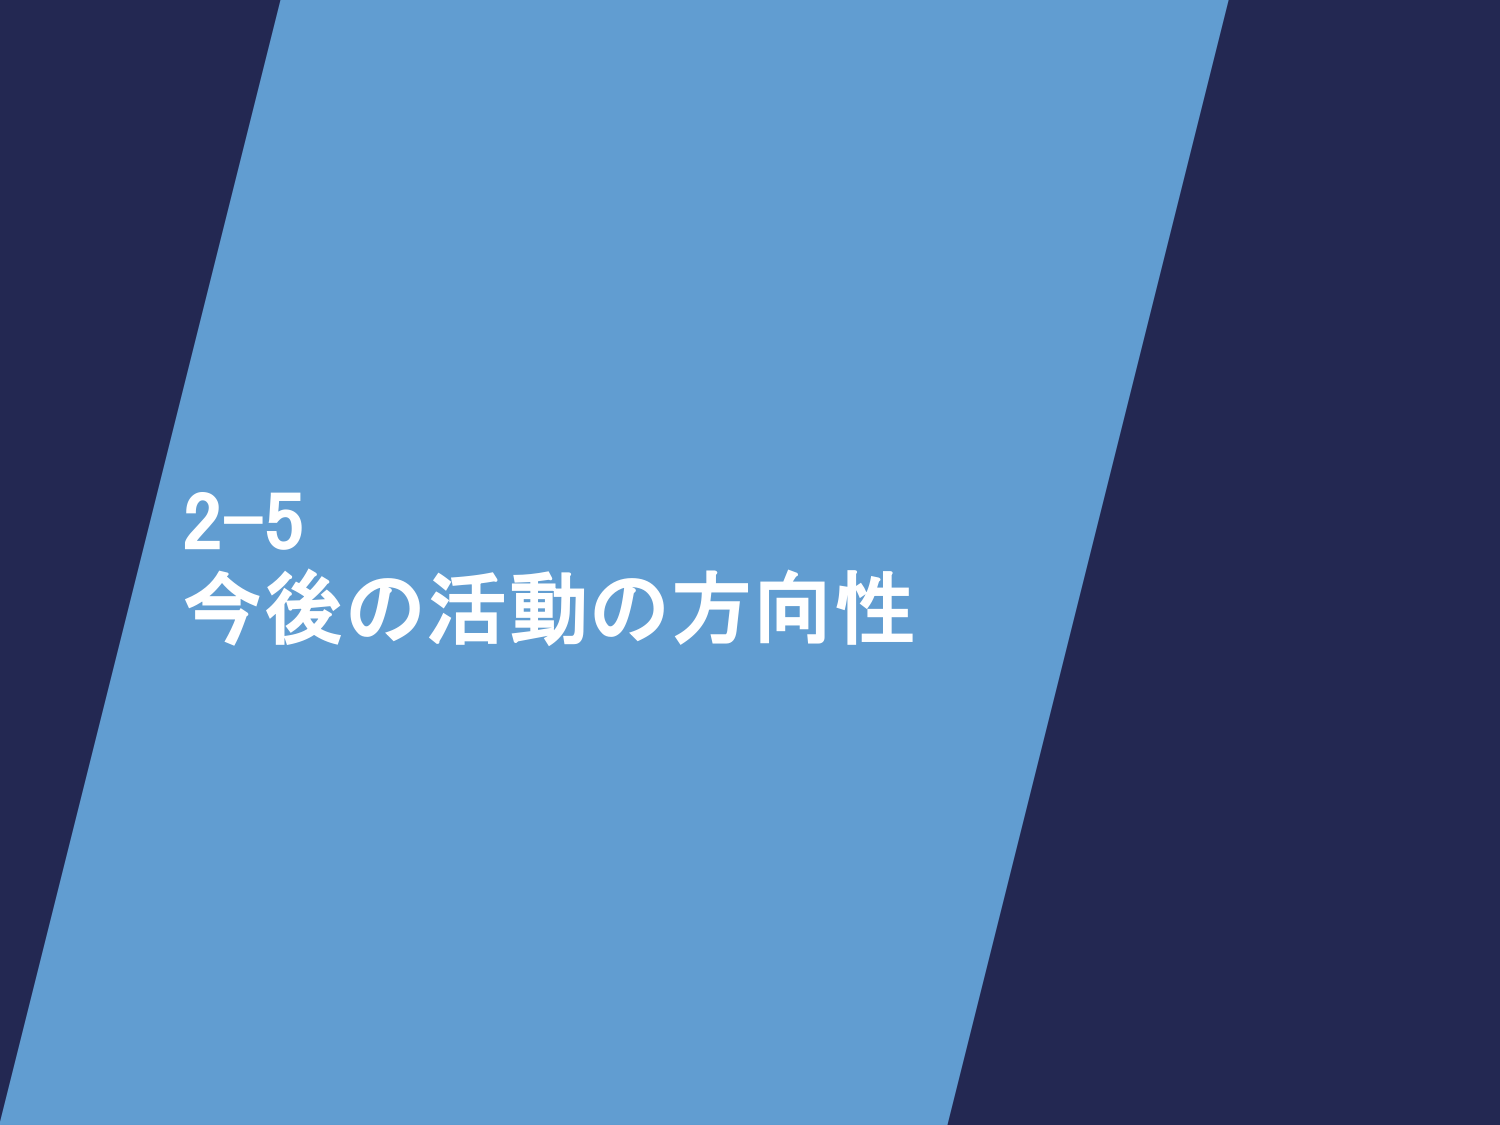
2-5
今後の活動の方向性